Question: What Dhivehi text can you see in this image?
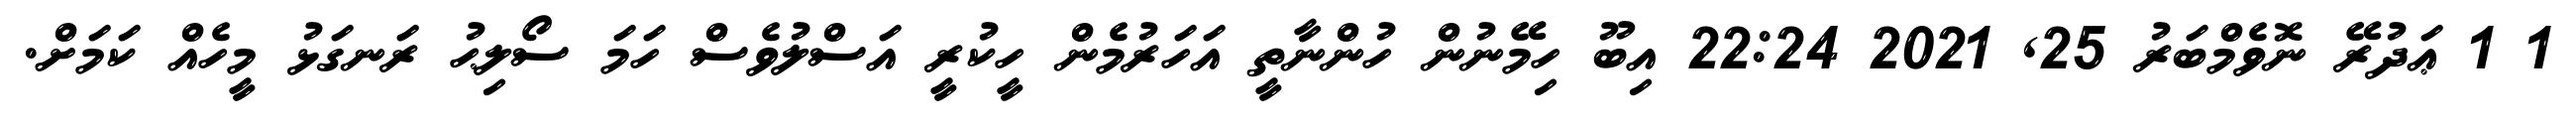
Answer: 1 1 ޢަދުރޭ ނޮވެމްބަރު 25, 2021 22:24 އިބޫ ހިމޭނުން ހުންނާތީ އަހަރުމެން ހީކުރީ އަސްލުވެސް ހަމަ ސޯލިޙު ރަނގަޅު މީހެއް ކަމަށް.